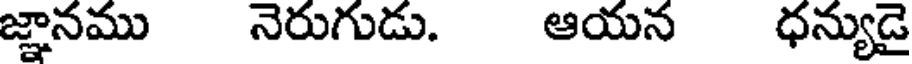
జ్ఞానము నెరుగుడు. ఆయన ధన్యుడై